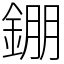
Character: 錋